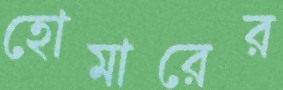
হোমারের